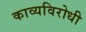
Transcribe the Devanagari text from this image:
काव्यविरोधी